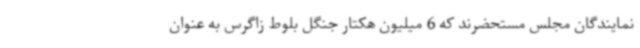
نمایندگان مجلس مستحضرند که 6 میلیون هکتار جنگل بلوط زاگرس به عنوان